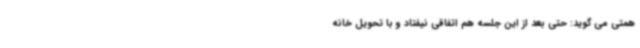
همتی می گوید: حتی بعد از این جلسه هم اتفاقی نیفتاد و با تحویل خانه